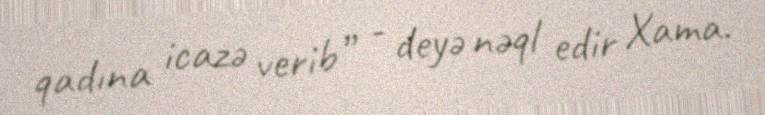
qadına icazə verib” - deyə nəql edir Xama.